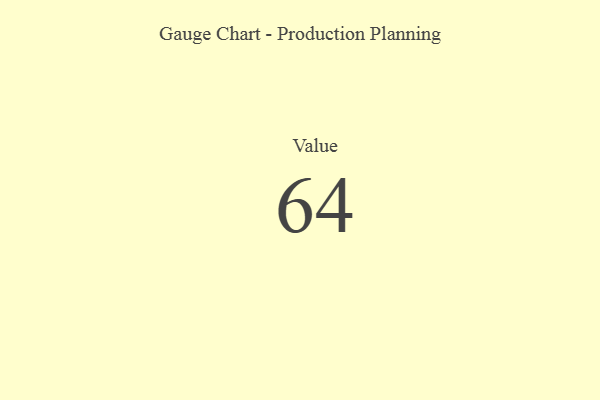
{"axis": {"x": "Metric", "y": "Value"}, "legend": [""], "data": [{"x": "Value", "y": 64, "type": ""}]}